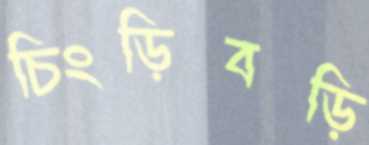
চিংড়িবড়ি